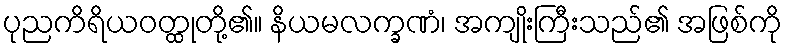
ပုညကိရိယဝတ္ထုတို့၏။ နိယမလက္ခဏံ၊ အကျိုးကြီးသည်၏ အဖြစ်ကို